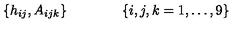
\{ h _ { i j } , A _ { i j k } \} \qquad \qquad \{ i , j , k = 1 , \dots , 9 \}